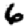
Digit: 6